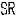
SR